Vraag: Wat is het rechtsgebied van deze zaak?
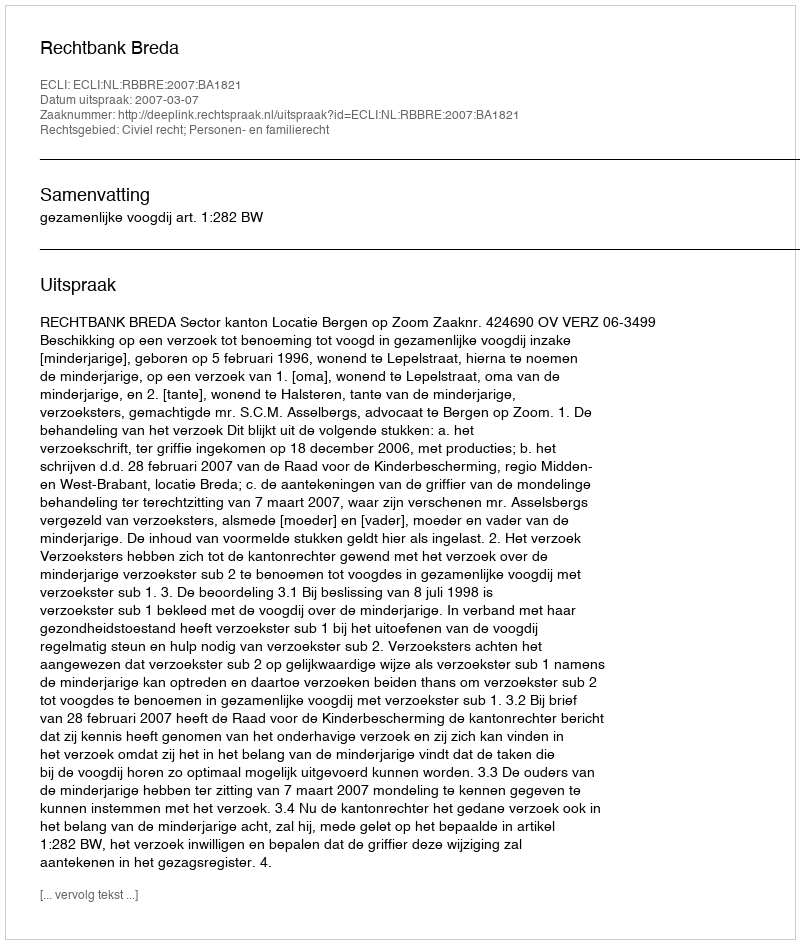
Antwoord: Civiel recht; Personen- en familierecht